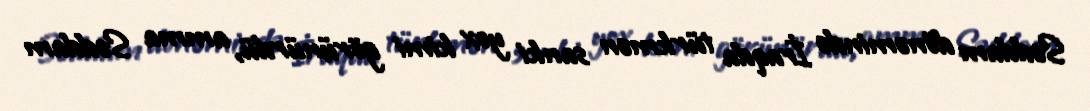
Səddam dönəmində İraqda türkmən sanki yox kimi görünürdü, amma Səddam